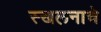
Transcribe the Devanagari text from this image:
स्खलनाचे